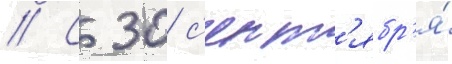
// С 30 с'ент'ябр'я́